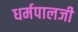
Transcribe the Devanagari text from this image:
धर्मपालजी